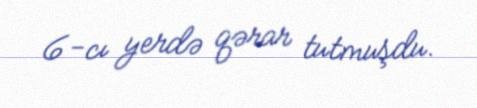
6-cı yerdə qərar tutmuşdu.